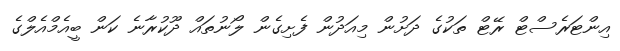
އިންޓަރެސްޓް ރޭޓް ތަކުގެ ދަށުން މިއަދުން ފެށިގެން ލޯނުތައް ދޫކުރާނެ ކަން ބީއެމްއެލްގެ